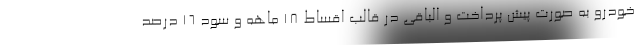
خودرو به صورت پیش پرداخت و الباقی در قالب اقساط ۱۸ ماهه و سود ۱۶ درصد